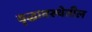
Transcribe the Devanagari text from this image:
वृद्धावस्थेतील